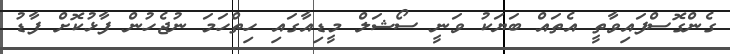
ގެންގޮސްފައިވާތީ އެތައް ބަޔަކު ވަނީ ސޯޝަލް މީޑިއާގައި ހިތްހަމަ ނުޖެހުން ފާޅުކޮށް ފާޑު